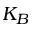
K _ { B }